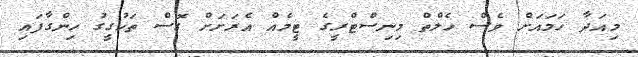
މިއަދާ ހަމައަށް ވެސް ހެލްތް މިނިސްޓްރީގެ ޓީމެއް އެރަށަށް ގޮސް ތަހުގީގު ހިންގާފައި